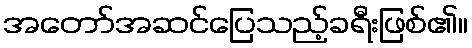
အတော်အဆင်ပြေသည့်ခရီးဖြစ်၏။